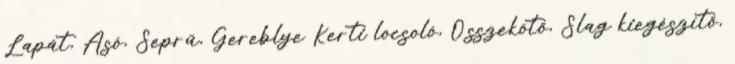
Lapát, Ásó, Seprű, Gereblye Kerti locsoló, Összekötő, Slag kiegészítő,